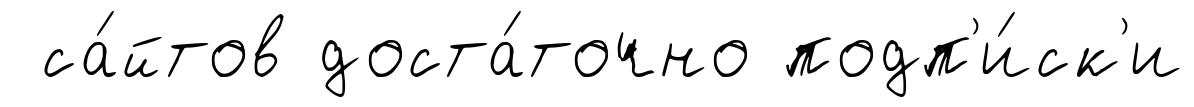
са́йтов доста́точно подп'и́ск'и